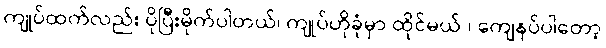
ကျုပ်ထက်လည်း ပိုပြီးမိုက်ပါတယ်၊ ကျုပ်ဟိုခုံမှာ ထိုင်မယ် ၊ ကျေနပ်ပါတော့